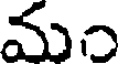
మం